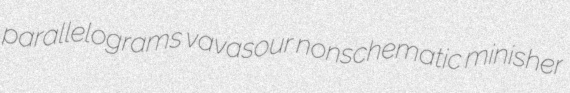
parallelograms vavasour nonschematic minisher